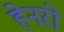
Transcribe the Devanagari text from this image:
हेनरो